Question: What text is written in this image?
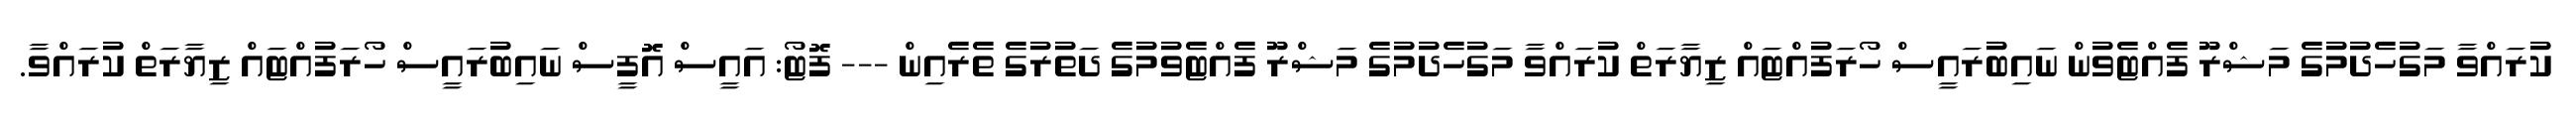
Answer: ކުރައްވާ މަގުހެދުމުގެ މަޝްރޫ ފެއްޓެވުން ނައިބުރައީސް ހޯރަފުއްޓައް ޒިޔާރަތް ކުރައްވާ މަގުހެދުމުގެ މަޝްރޫ ފެއްޓެވުމުގެ ދަތުރުގެ ތެރެއިން --- ފޮޓޯ: އައީސް އޮފީސް ނައިބުރައީސް ހޯރަފުއްޓައް ޒިޔާރަތް ކުރައްވާ.